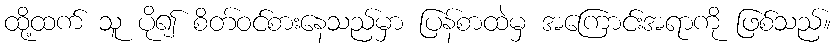
ထို့ထက် သူ ပို၍ စိတ်ဝင်စားနေသည်မှာ ပြန်စာထဲမှ အကြောင်းအရာကို ဖြစ်သည်။